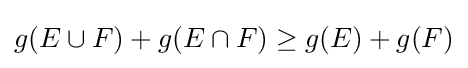
g(E\cup F)+g(E\cap F)\geq g(E)+g(F)